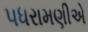
પધરામણીએ